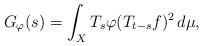
LaTeX: \begin{align*}G_\varphi(s)=\int_X T_s \varphi (T_{t-s} f)^2\, d\mu,\end{align*}